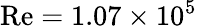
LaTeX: \mathrm{Re}=1.07\times 10^{5}